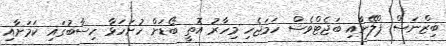
ބިޒްނަސް ޕްލޭނާއި ބަޖެޓްވެސް ހަމަޖެހި މިހާރު އޮތީ ބޯޑަށް ހުށަހަޅާ ހިސާބުގައި ކަމަށާއި